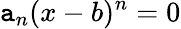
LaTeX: \mathtt{a}_{n}(x-b)^{n}=0